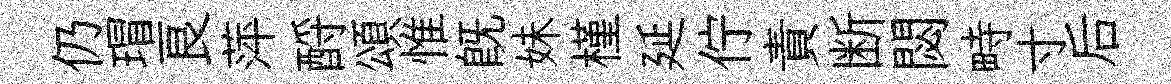
仍瑁良萍酹頌惟旣妹槿延佇責断閟畤寸后